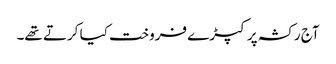
آج رکشہ پر کپڑے فروخت کیا کرتے تھے۔